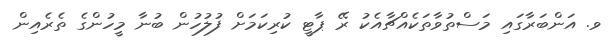
ވ. އަންބަރާގައި މަސްތުވާތަކެއްޗާއެކު ރޭ ޕާޓީ ކުރިކަމަށް ފުލުހުން ބުނާ މީހުންގެ ތެރެއިން